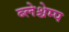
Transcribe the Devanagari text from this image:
ब्लेश्चेम्प